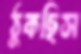
ঠুকছিস